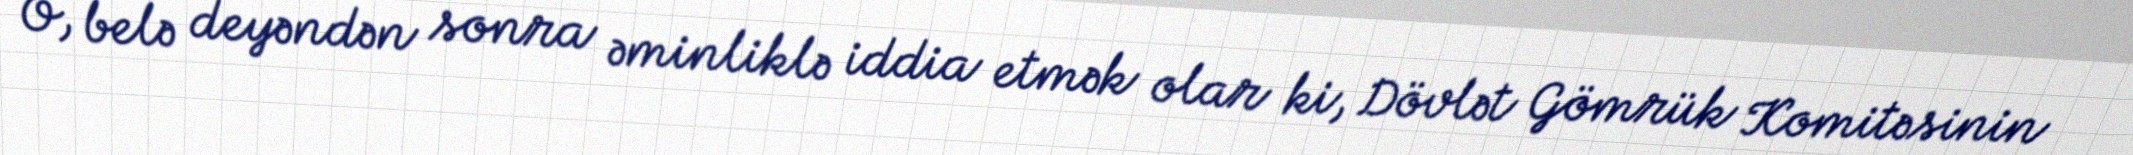
O, belə deyəndən sonra əminliklə iddia etmək olar ki, Dövlət Gömrük Komitəsinin